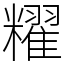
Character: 䊮